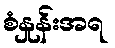
စံနှုန်းအရ